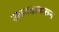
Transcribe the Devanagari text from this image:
उलगडाकरून